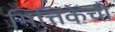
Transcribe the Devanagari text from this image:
भित्तिकेची